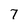
Character: 7